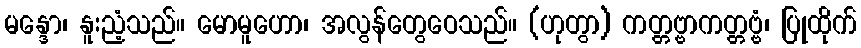
မန္ဒော၊ နူးညံ့သည်။ မောမူဟော၊ အလွန်တွေဝေသည်။ (ဟုတွာ) ကတ္တဗ္ဗာကတ္တဗ္ဗံ၊ ပြုထိုက်